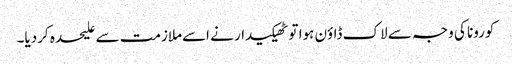
کورونا کی وجہ سے لاک ڈاؤن ہوا تو ٹھیکیدار نے اسےملازمت سے علیحدہ کردیا۔